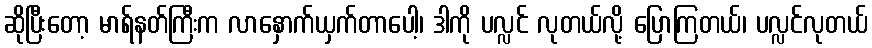
ဆိုပြီးတော့ မာရ်နတ်ကြီးက လာနှောက်ယှက်တာပေါ့၊ ဒါကို ပလ္လင် လုတယ်လို့ ပြောကြတယ်၊ ပလ္လင်လုတယ်